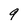
Character: 9